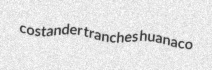
costander tranches huanaco